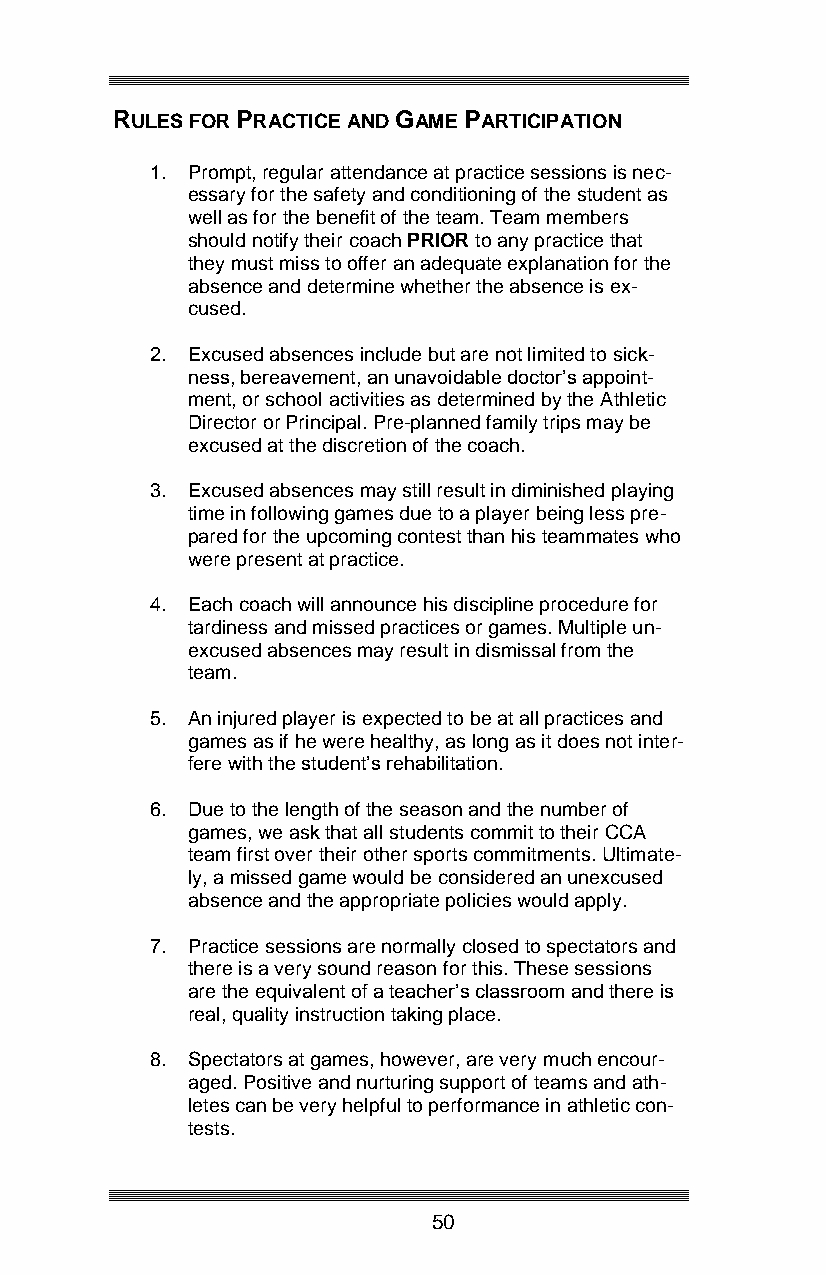
RULES FOR PRACTICE AND GAME PARTICIPATION
 1. Prompt, regular attendance at practice sessions is nec-
 essary for the safety and conditioning of the student as
 well as for the benefit of the team. Team members
 should notify their coach PRIOR to any practice that
 they must miss to offer an adequate explanation for the
 absence and determine whether the absence is ex-
 cused.
 2. Excused absences include but are not limited to sick-
 ness, bereavement, an unavoidable doctor’s appoint-
 ment, or school activities as determined by the Athletic
 Director or Principal. Pre-planned family trips may be
 excused at the discretion of the coach.
 3. Excused absences may still result in diminished playing
 time in following games due to a player being less pre-
 pared for the upcoming contest than his teammates who
 were present at practice.
 4. Each coach will announce his discipline procedure for
 tardiness and missed practices or games. Multiple un-
 excused absences may result in dismissal from the
 team.
 5. An injured player is expected to be at all practices and
 games as if he were healthy, as long as it does not inter-
 fere with the student’s rehabilitation.
 6. Due to the length of the season and the number of
 games, we ask that all students commit to their CCA
 team first over their other sports commitments. Ultimate-
 ly, a missed game would be considered an unexcused
 absence and the appropriate policies would apply.
 7. Practice sessions are normally closed to spectators and
 there is a very sound reason for this. These sessions
 are the equivalent of a teacher’s classroom and there is
 real, quality instruction taking place.
 8. Spectators at games, however, are very much encour-
 aged. Positive and nurturing support of teams and ath-
 letes can be very helpful to performance in athletic con-
 tests.
 50